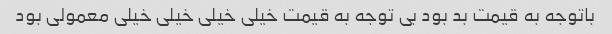
باتوجه به قیمت بد بود بی توجه به قیمت خیلی خیلی خیلی خیلی معمولی بود